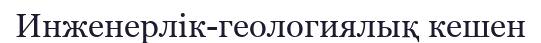
Инженерлік-геологиялық кешен